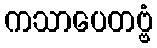
ကသာပေတဗ္ဗံ